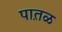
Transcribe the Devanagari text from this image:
पात़ळ